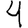
Digit: 4